King Institute of Preventive Medicine Bacteriolog. Section reports 1907-08
Year: 1907
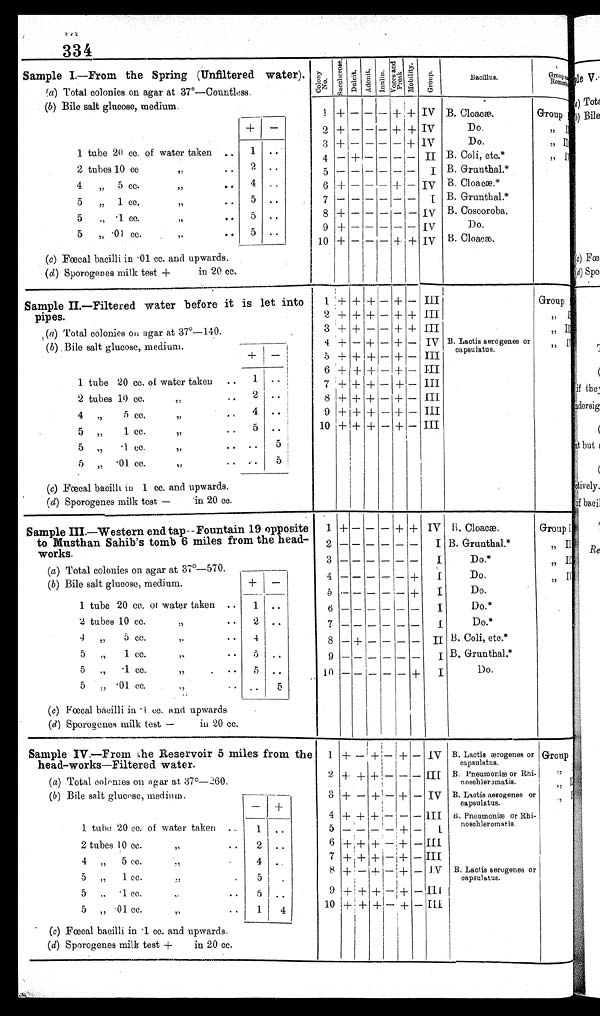
334
Sample I.—From the Spring (Unfiltered water).
C o l o n y N o .
S a c c h e r o s e .
D u l c i t . A d o n i t .
I n u l i n .
V o g a s a n d
P r o s k . M o b i l i t y .
G r o u p .
Bacillus.
Group and R e m a r k s
(a) Total colonies on agar at 37º—Countless.
(b) Bile salt glucose, medium.
1 + — —
—
+ + IV B. Cloacæ.
Group I
+
—
2 + — — — + + IV
D o .
" I I
3
+
— — — — + IV
Do.
" I I I
1 tube 20 cc. of water taken
"
1
. .
4 — + — — — —
I I B. Coli, etc.*
" I V
2 tubes 10 cc
"
. .
2
..
5 — — —
— — —
I B. Grunthal.*
4 " 5 cc.
"
..
4 ..
6 + — — — + — IV B. Cloacæ.*
5 " 1 cc.
"
. . 5
..
7 — —
— — — —
I B. Grunthal.*
5 "
· 1 c c .
"
. . 5
. .
8 + — —
— — —
I V B. Coscoroba.
5 "
. 0 1 c c .
"
..
5 ..
9 + — — — — — IV
Do.
10 + —_—
— + +
I V B. Cloacæ.
(c) Fœcal bacilli in .01 cc. and upwards.
( d ) Sporogenes milk test + in 20 cc.
Sample II.—Filtered water before it is let into
pipes.
1 + + +
—
+ — III
Group I
2 + + +
— + + III
" I I
(a) Total colonies ou agar at 37º—140.
3 + + — — + + III
" I I I
( b) Bile salt glucose, medium.
4 + — + — + — IV B. Lactis aerogenes or
capsulatus.
" I V
5
+ + + — + — III
+ —
6 + + + — + — III
1 tube 20 cc. of water taken ..
1 . .
7 + + + — + — III
2 tubes 10 cc.
"
. . 2 ..
8 + + + — + — III
4 "
5 cc.
"
. . 4 ..
9 + + + — + — III
5 "
1 cc.
"
. . 5 ..
10 + + + — + — III
5 "
. 1 c c .
"
"
. .
5
5 „
. 0 1 c c .
"
. . ..
5
(c) Fœcal bacilli in 1 cc. and upwards.
(d) Sporogenes milk test— in 20 cc.
Sample III.—Western end tap—Fountain 19 opposite
to Musthan Sahib's tomb 6 miles from the head-
works.
1 + — — — + + IV B Cloacæ.
Group I
2 — — —
— —
— I B. Grunthal.*
" I I
3— — —
— —
—
I
D o . *
" I I I
(a) Total colonies on agar at 37º—570.
4— — — — —
+
I
Do.
" I V
(b) Bile salt glucose, medium.
+—
5 — — — — — +
I
Do.
1 tube 20 cc. of water taken ..
1
. .
6
— — —
— —
— I
Do.*
2 tubes 10 cc.
"
. . 2
..
7— — —
— —
—
I
Do.*
4 "
5 cc.
"
. .
. .
4 . .
8 — + —
— —
—
I I B. Coli, etc.*
5 " 1 cc.
"
..
5
. .
9 — — —
— —
—
I B, Grunthal.*
5 " ·1 cc.
"
. .
5
. .
10
—
— —
— —
+
I
Do.
5 „
· 0 1 c c .
" .. ..
5
( c) Fœcal bacilli in .1 cc. and upwards
(d) Sporogenes milk test— iu 20 cc.
Sample IV.—From the Reservoir 5 miles from the
head-works—Filtered water.
1 + — + —
+ — IV B. Lactis ærogenes or
capsulatus.
Group I
2
+ + + — — —
I I I B. Pneumoniæ or Rhi-
noschleromatis.
" I I
(a) Total colonies on agar at 37°—260.
(b) Bile salt glucose, medium.
—
+
3 + — + — + —
I V B. Lactis aerogenes or
capsulatus.
" I I I
4 + + + — — —
I I I B. Pneumoniæ or Rhi-
noschleromatis.
" I V
1 tube 20 cc. of water taken " . .
1 ..
5 — — — — + —
I
2 tubes 10cc.
"
..
2 ..
6
+ + + — + — III
7
+
+
+ — + — III
4 „ 5 cc.
" . . 4
. .
5 „
1 cc.
"
. . .
5
. . .
8 + —
+ — + — IV B. Lactis aerogenes or
capsulatus.
5 „
. 1 c c .
"
..
5 . .
9
+ + +
—
+ — III
.01 cc.
"
. .
. .
1
4
10
+ +
+ — + — III
(c) Fœcal bacilli in .1 cc. and upwards.
(d) Sporogenes milk test +
i n 2 0 c c .